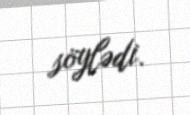
söylədi.